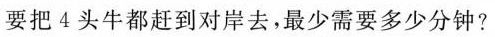
要把4头牛都赶到对岸去，最少需要多少分钟?